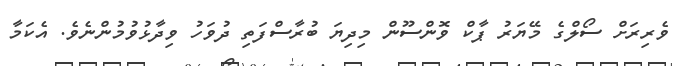
ވެރިރަށް ސޯލްގެ މޭޔަރު ޕާކް ވޮންސޫން މިދިޔަ ބުރާސްފަތި ދުވަހު ވިދާޅުވުމުންނެވެ. އެކަމާ